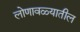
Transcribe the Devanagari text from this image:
लोणावळ्यातील